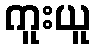
ကူးယူ